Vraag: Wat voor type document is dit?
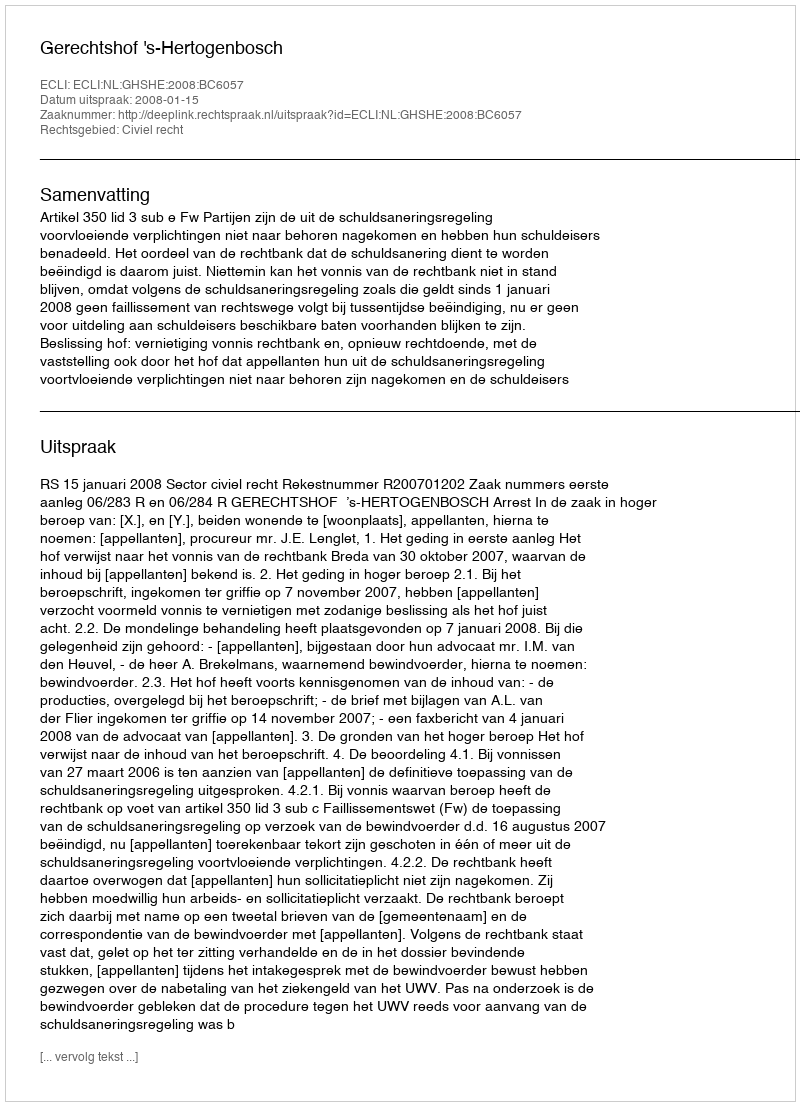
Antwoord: Uitspraak